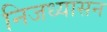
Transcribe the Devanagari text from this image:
निजध्यासन